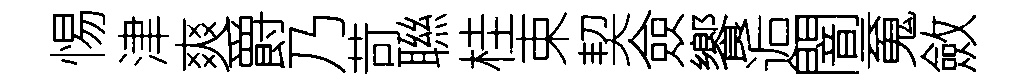
惕津爽爵乃苛聮桂束契僉饗逅闇䰟斂